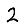
Digit: 2